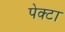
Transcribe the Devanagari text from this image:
पेक्टा